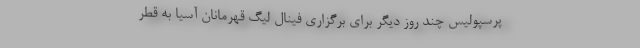
پرسپولیس چند روز دیگر برای برگزاری فینال لیگ قهرمانان آسیا به قطر